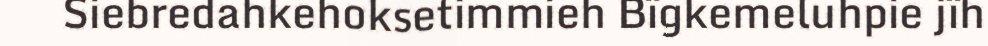
Siebredahkehoksetimmieh Bïgkemeluhpie jïh